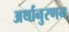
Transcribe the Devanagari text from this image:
अर्थानुरणन